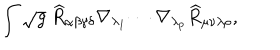
\int \sqrt { g } ~ \widehat { R } _ { \alpha \beta \gamma \delta } \nabla _ { \lambda _ { 1 } } \cdots \nabla _ { \lambda _ { p } } \widehat { R } _ { \mu \nu \lambda \rho } ,